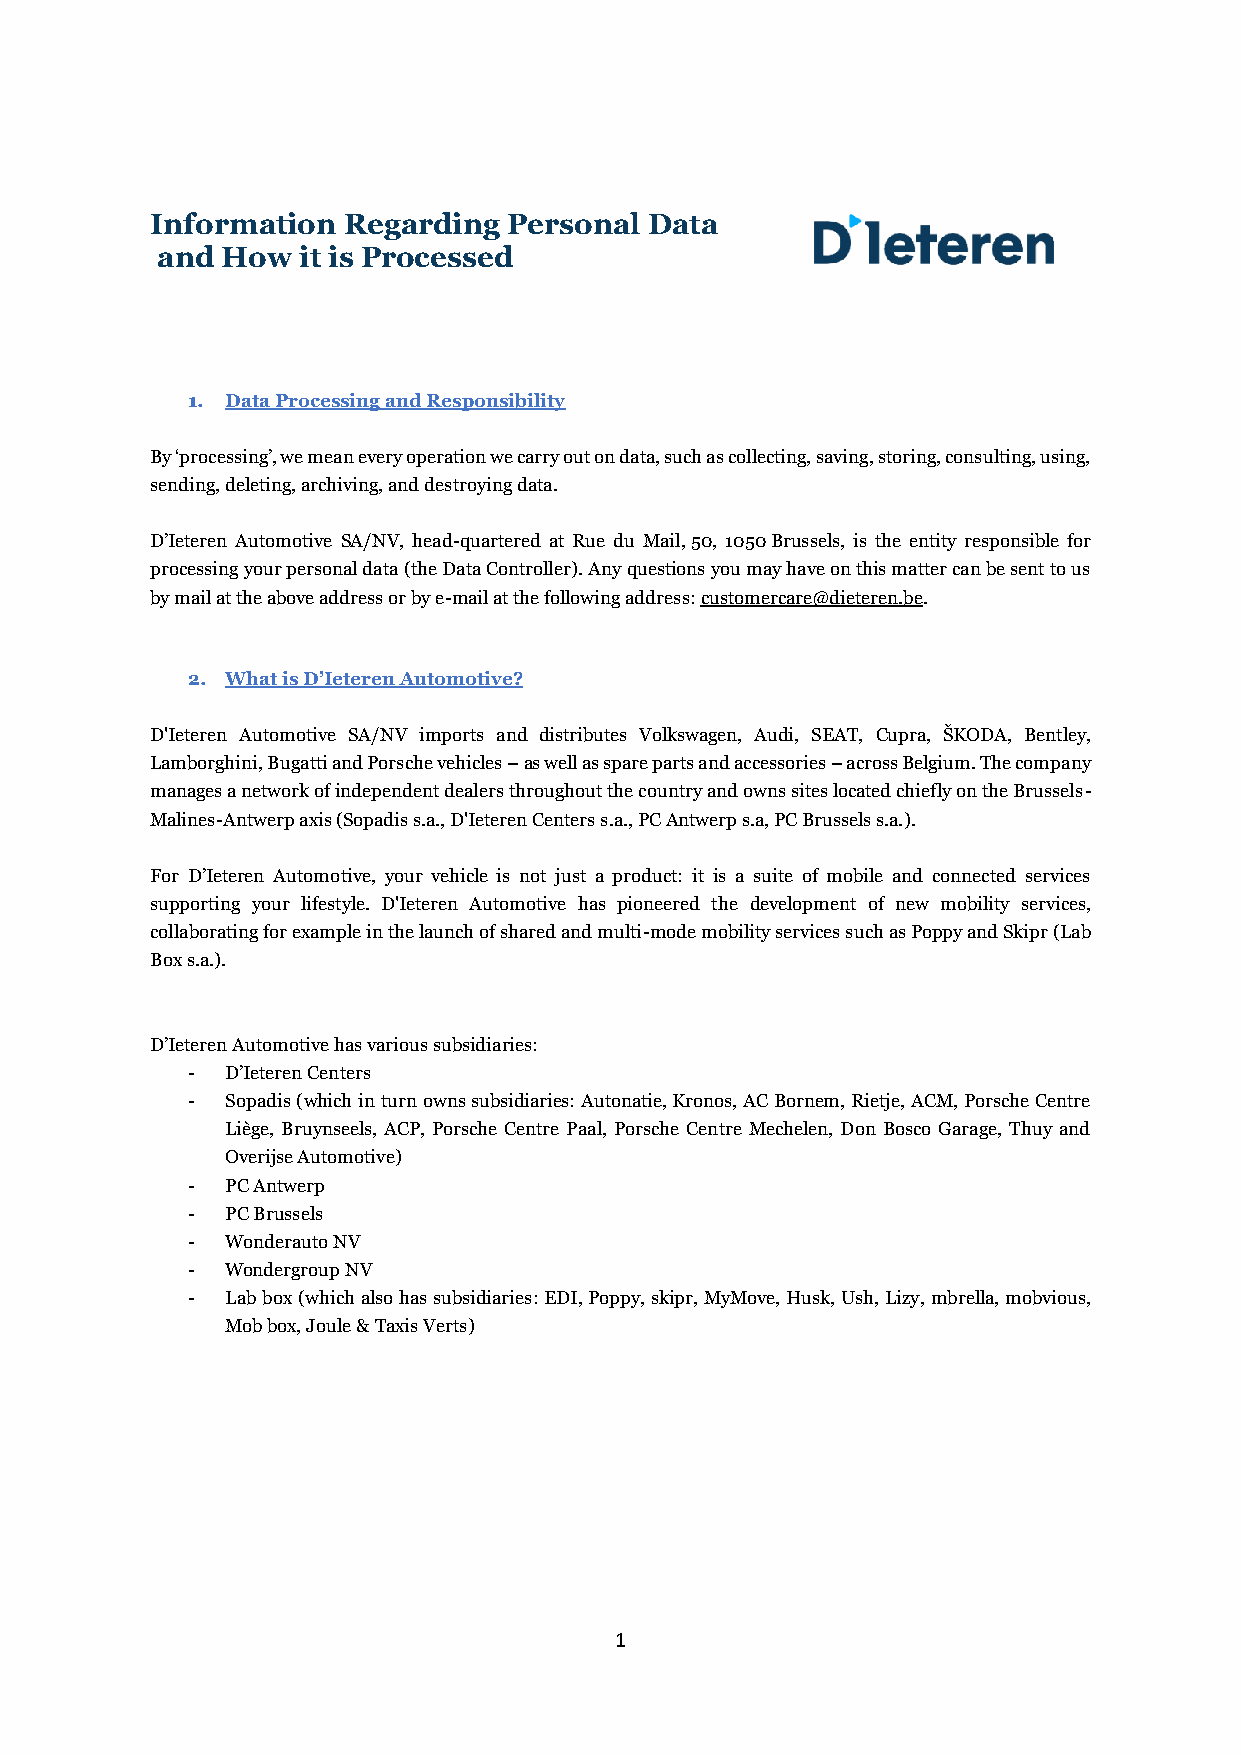
Information  Regarding  Personal Data
 and  How  it is Processed
 1. Data Processing and Responsibility
 By ‘processing’, we mean every operation we carry out on data, such as collecting, saving, storing, consulting, using,
 sending, deleting, archiving, and destroying data.
 D’Ieteren Automotive SA/NV, head-quartered at Rue du Mail, 50, 1050 Brussels, is the entity responsible for
 processing your personal data (the Data Controller). Any questions you may have on this matter can be sent to us
 by mail at the above address or by e-mail at the following address: customercare@dieteren.be.
 2. What is D’Ieteren Automotive?
 D'Ieteren Automotive SA/NV imports and distributes Volkswagen, Audi, SEAT, Cupra, ŠKODA, Bentley,
 Lamborghini, Bugatti and Porsche vehicles – as well as spare parts and accessories – across Belgium. The company
 manages a network of independent dealers throughout the country and owns sites located chiefly on the Brussels-
 Malines-Antwerp axis (Sopadis s.a., D'Ieteren Centers s.a., PC Antwerp s.a, PC Brussels s.a.).
 For D’Ieteren Automotive, your vehicle is not just a product: it is a suite of mobile and connected services
 supporting your lifestyle. D'Ieteren Automotive has pioneered the development of new mobility services,
 collaborating for example in the launch of shared and multi-mode mobility services such as Poppy and Skipr (Lab
 Box s.a.).
 D’Ieteren Automotive has various subsidiaries:
 -  D’Ieteren Centers
 -  Sopadis (which in turn owns subsidiaries: Autonatie, Kronos, AC Bornem, Rietje, ACM, Porsche Centre
 Liège, Bruynseels, ACP, Porsche Centre Paal, Porsche Centre Mechelen, Don Bosco Garage, Thuy and
 Overijse Automotive)
 -  PC Antwerp
 -  PC Brussels
 -  Wonderauto NV
 -  Wondergroup NV
 -  Lab box (which also has subsidiaries: EDI, Poppy, skipr, MyMove, Husk, Ush, Lizy, mbrella, mobvious,
 Mob box, Joule & Taxis Verts)
 1